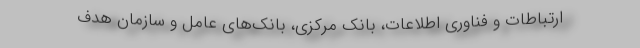
ارتباطات و فناوری اطلاعات، بانک مرکزی، بانک‌های عامل و سازمان هدف